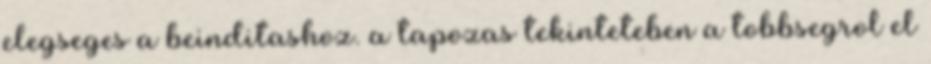
elegseges a beinditashoz. a tapozas tekinteteben a tobbsegrol el